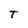
Character: T